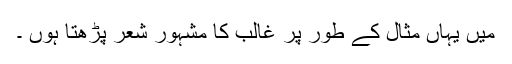
میں یہاں مثال كے طور پر غالب كا مشہور شعر پڑھتا ہوں ۔